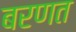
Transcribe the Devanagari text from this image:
बरणत